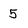
Character: 5